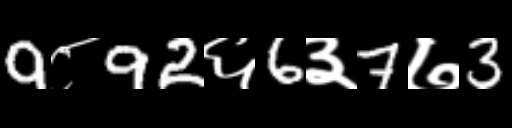
Text: 9८92६6३7७3